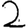
Digit: 2